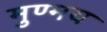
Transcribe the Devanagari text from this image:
मुण्मय